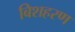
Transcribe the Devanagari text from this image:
बिशहरण